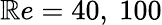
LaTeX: \mathbb{R}e=40,\ 100